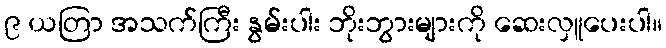
၉ ယတြာ အသက်ကြီး နွမ်းပါး ဘိုးဘွားများကို ဆေးလှူပေးပါ။